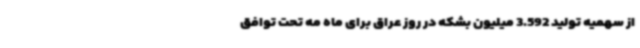
از سهمیه تولید 3.592 میلیون بشکه در روز عراق برای ماه مه تحت توافق